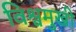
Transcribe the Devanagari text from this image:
विश्वमुखी